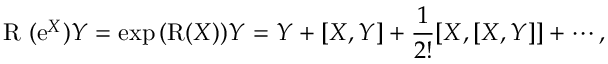
\mathrm { ~ \cal { R } ~ } ( \mathrm { e } ^ { X } ) Y = \exp { ( \mathrm { R } ( X ) ) } Y = Y + [ X , Y ] + \frac { 1 } { 2 ! } [ X , [ X , Y ] ] + \cdots ,